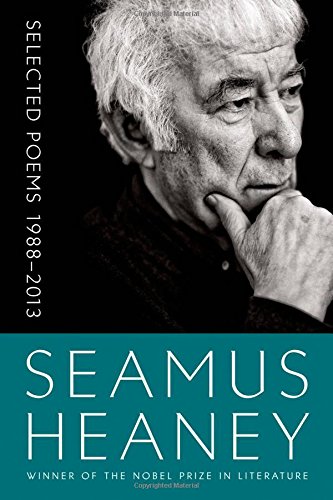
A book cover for Selected Poems 1988-2013; Seamus Heaney; Literature & Fiction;